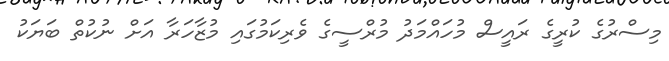
މިސްރުގެ ކުރީގެ ރައީސް މުހައްމަދު މުރްސީގެ ވެރިކަމުގައި މުޒާހަރާ އަށް ނުކުތް ބަޔަކު